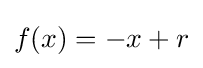
f(x)=-x+r